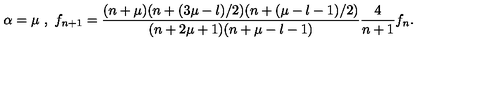
\alpha = \mu \ , \ f _ { n + 1 } = \frac { ( n + \mu ) ( n + ( 3 \mu - l ) / 2 ) ( n + ( \mu - l - 1 ) / 2 ) } { ( n + 2 \mu + 1 ) ( n + \mu - l - 1 ) } \frac { 4 } { n + 1 } f _ { n } .